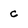
Character: c